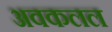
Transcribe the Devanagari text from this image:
अवकलल